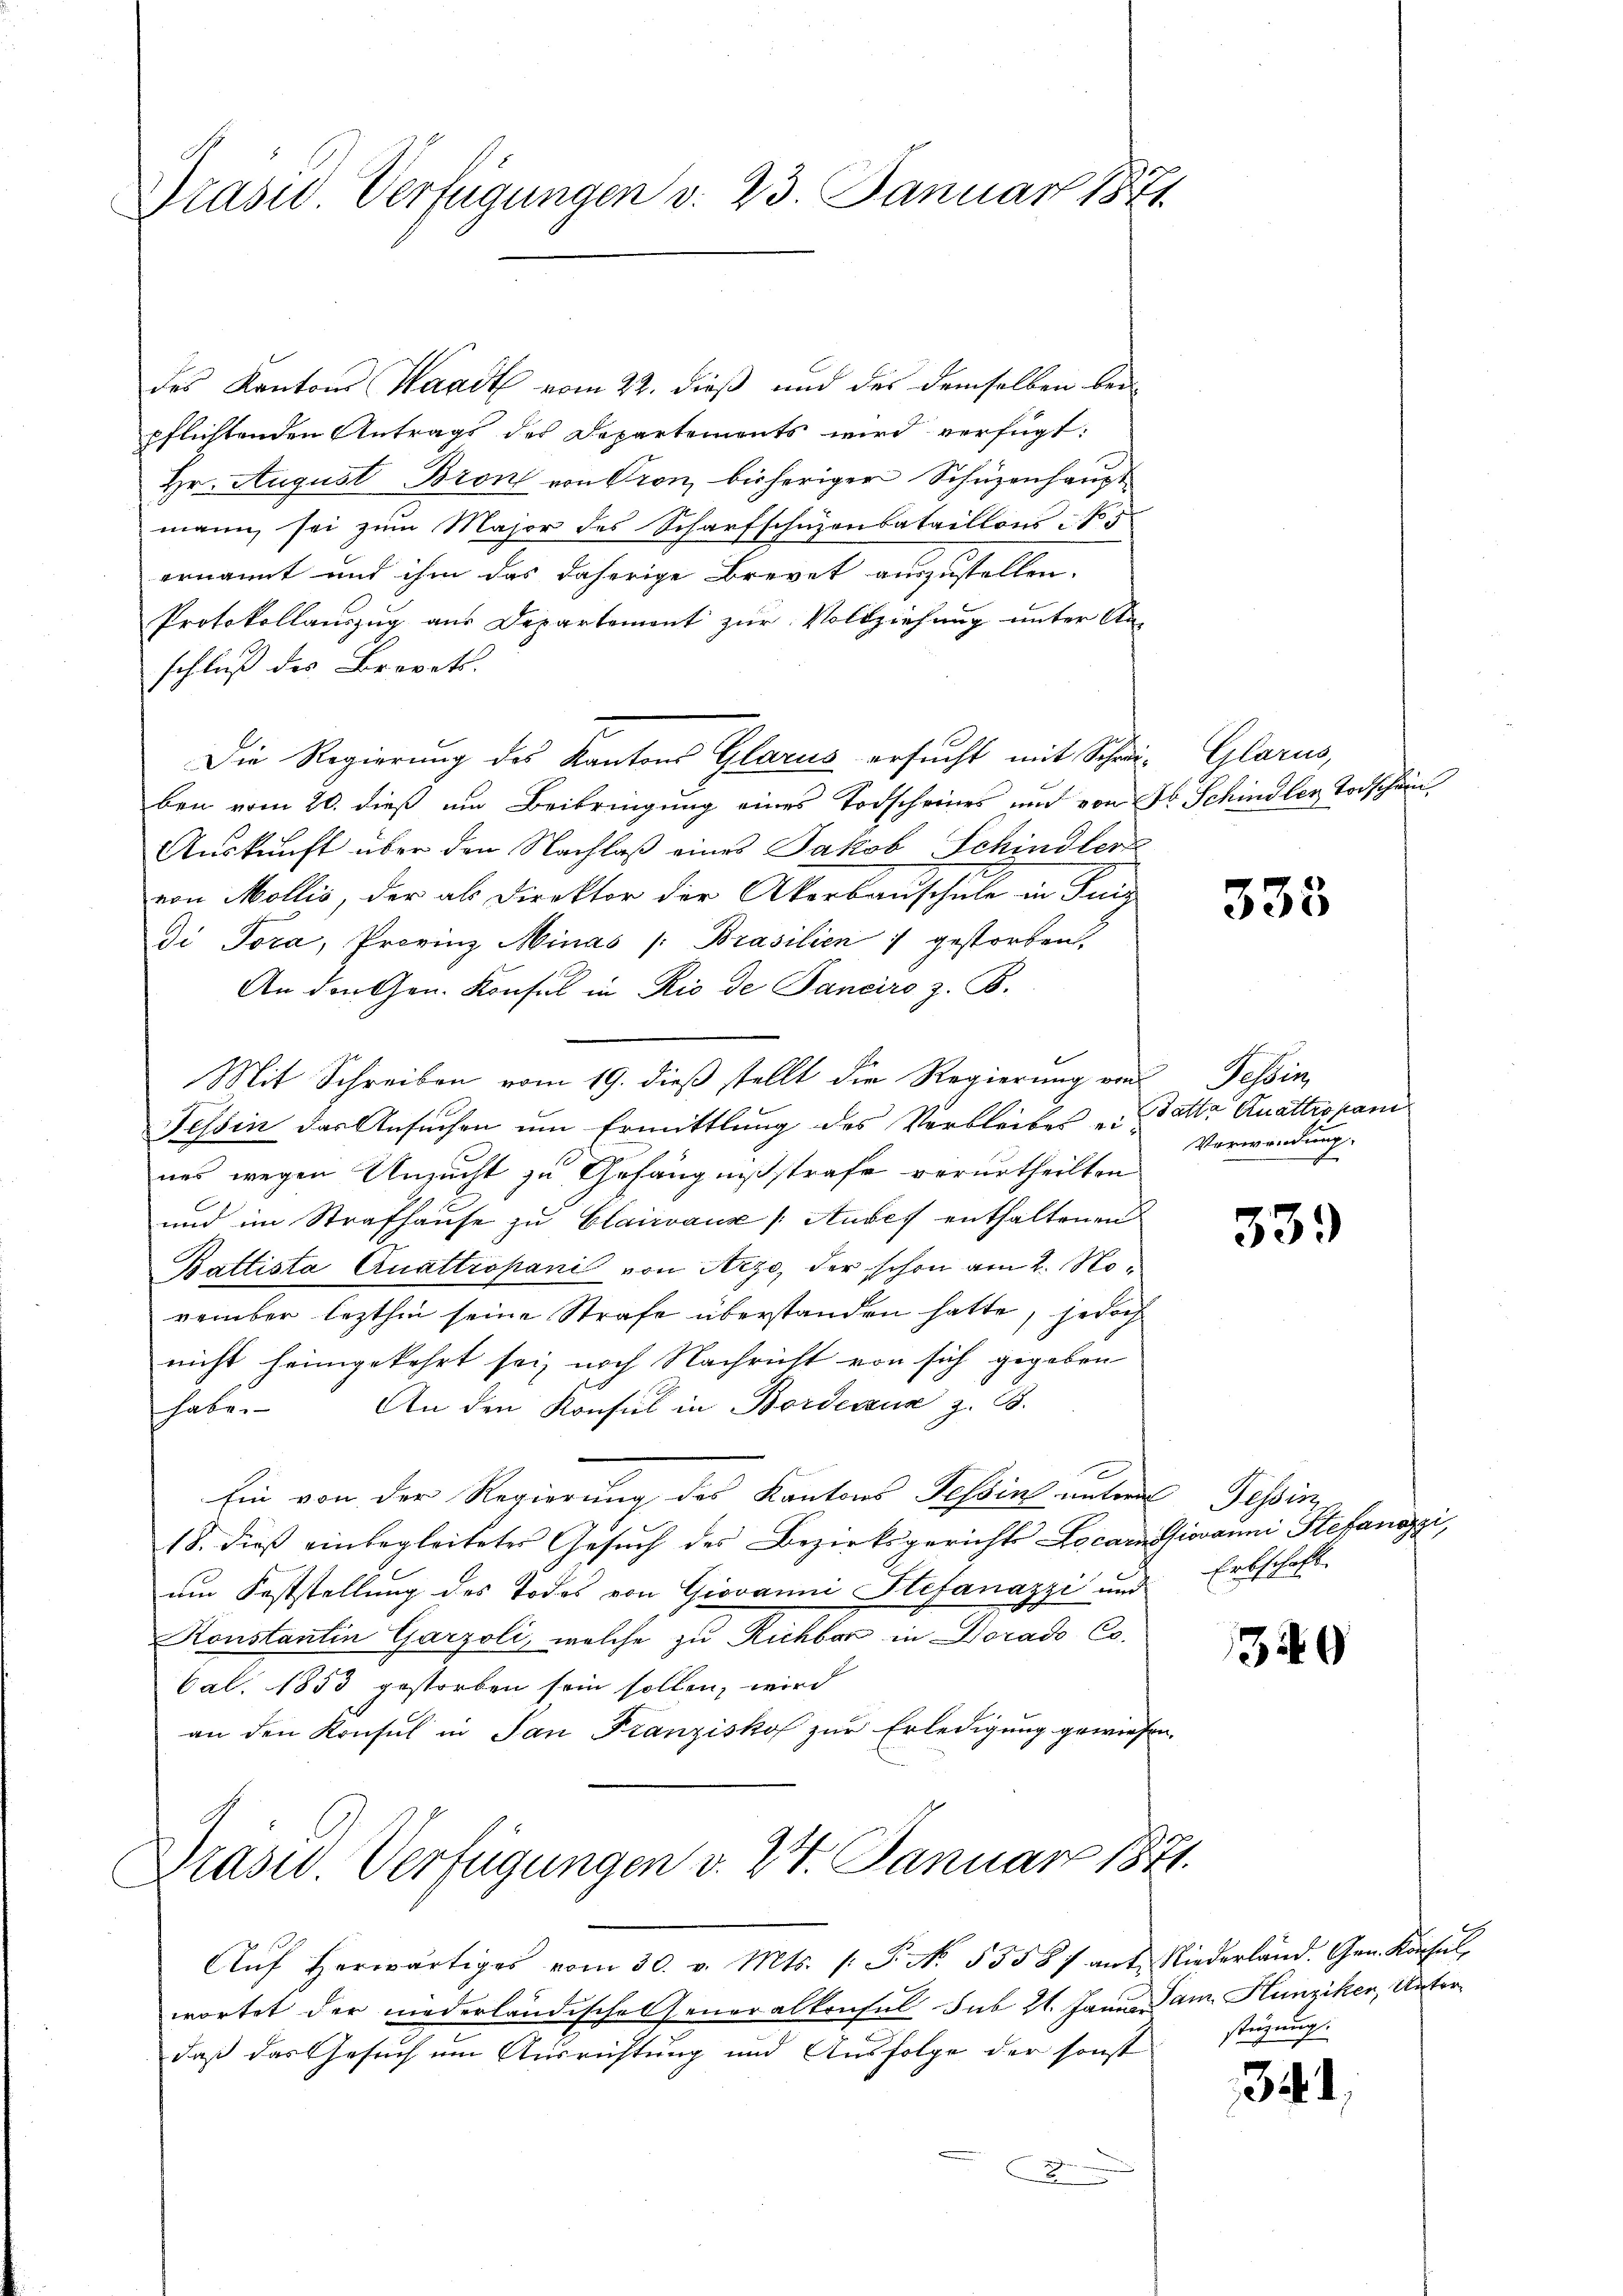
Drasid. Verfügungen v. 23. Januar 1871

des Kantons Waadt vom 22. dieß und des demselben bei
pflichtenden Antrags des Departements wird verfügt:
Hr. August Bron von Pron, bisheriger Schüzenhaupt
mann sei zum Major des Scharfschuzenbataillons No 5
ernannt und ihm das daherige Brevet auszustellen.
Protokollauszug aus Departement zur Vollziehung unter An-
schluß des Brevets.
Die Regierung des Kantons Glarus ersucht mit Schrei- Glarus,
ben vom 20. dieß um Beibringung eines Todscheines und von Fr. Schindler Todschein
Auskunft über den Nachlaß eines Jakob Schindler
von Mollis, der als Direktor der Akerbauschule in Jung
di Tora, Provinz Minas /: Brasilien 7 gestorben,
An den Gen. Konsul in Rio de Sanciro z. B.
Mit Schreiben vom 19. dieß stellt die Regierung von Tessin,
Tessin das Ansuchen um Ermittlung des Verbleibes u. Batta Quattropani
nes wegen Unzucht zu Gefängnißstrafe verurtheilten
und im Strafhause zu Clairvause (Ausef enthaltenen
Battista Quattropani von Arzo, der schon am 2. November lezthin seine Strafe überstanden hatte, jedoch
nicht heimgekehrt sei, nach Nachricht von sich gegeben
habe. An den Konsul in Borderena z. B.
Ein von der Regierung des Kantons Tessin untern Tessin,
18. dieß einbegleitetes Gesuch des Bezirksgerichts Locarnosiovanni Stefanozzi,
um Feststellung des Todes von Giovanni Stefanazzi und Erbschaft
Konstantin Garzoli, welche zu Richbar in Dorado Co
Cal. 1853 gestorben sein sollen, wird
an den Konsul in San Franziskof zur Erledigung gewiesen.

Draser Verfügungen v. 27. Januar 1871.

Aŭf herwärtiges vom 30. v. Mts. /: P. No. 53587 ant. Niederland. Gen. Konsŭl
wortet der niederländische Generalkonsul sub 21. Jann Jan. Hunziken, Unterdaß das Gesuch um Ausrichtung und Ausfolge der sonst

333

Verwendung.

33.

340

stüzung.

341.